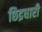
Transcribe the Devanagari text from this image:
छिद्रधारी